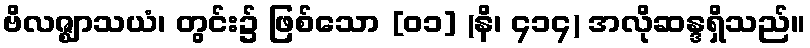
ဗိလဇ္ဈာသယံ၊ တွင်း၌ ဖြစ်သော [၀၁] (နိ၊ ၄၁၄) အလိုဆန္ဒရှိသည်။